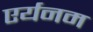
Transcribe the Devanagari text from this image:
एर्यनम